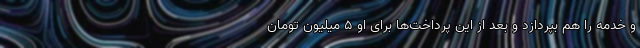
و خدمه را هم بپردازد و بعد از این پرداخت‌ها برای او ۵ میلیون تومان